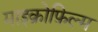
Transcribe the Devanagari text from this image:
माइक्रोफ़िल्म